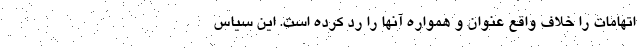
اتهامات را خلاف واقع عنوان و همواره آنها را رد کرده است. این سیاس